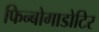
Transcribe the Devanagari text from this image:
फिन्बोगाडोटिर